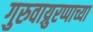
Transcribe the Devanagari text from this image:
गुरुवाय्रुरप्पाच्या